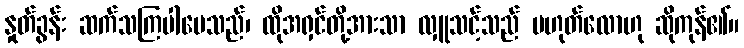
နှုတ်ခွန်း ဆက်သကြပါပေသည်၊ ထိုအရှင်တို့အားသာ လှူသင့်သည် မဟုတ်လောဟု ဆိုကုန်၏။